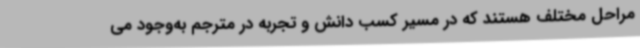
مراحل مختلف هستند که در مسیر کسب دانش و تجربه در مترجم به‌وجود می